Hookworm disease and how to prevent it
Disease focus: Hookworm
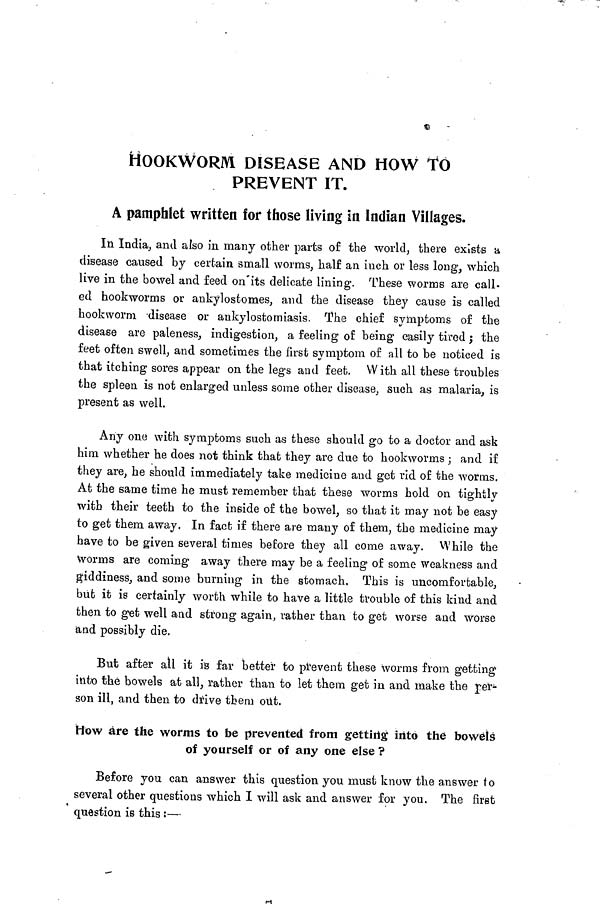
HOOKWORM DISEASE AND HOW TO
PREVENT IT.
A pamphlet written for those living in Indian Villages.
In India, and also in many other parts of the world; there exists a
disease caused by certain small worms, half an inch or less long, which
live in the bowel and feed on its delicate lining. These worms are call-
ed hookworms or ankylostomes, and the disease they cause is called
hookworm disease or ankylostomiasis. The chief symptoms of the
disease are paleness, indigestion, a feeling of being easily tired ; the
feet often swell, and sometimes the first symptom of all to be noticed is
that itching sores appear on the legs and feet. With all these troubles
the spleen is not enlarged unless some other disease, such as malaria, is
present as well.
Any one with symptoms such as these should go to a doctor and ask
him whether he does not think that they are due to hookworms ; and if
they are, he should immediately take medicine and get rid of the worms.
At the same time he must remember that these worms hold on tightly
with their teeth to the inside of the bowel, so that it may not be easy
to get them away. In fact if there are many of them, the medicine may
have to be given several times before they all come away. While the
Worms are coming away there may be a feeling of some weakness and
giddiness, and some burning in the stomach. This is uncomfortable,
but it is certainly worth while to have a little trouble of this kind and
then to get well and strong again, rather than to get worse and worse
and possibly die.
But after all it is far better to prevent these worms from getting
into the bowels at all, rather than to let them get in and make the per-
son ill, and then to drive them out.
How are the worms to be prevented from getting into the bowels
of yourself or of any one else ?
Before you can answer this question you must know the answer to
several other questions which I will ask and answer for you. The first
question is this :—